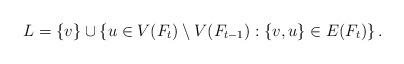
LaTeX: \begin{align*} L = \{v\} \cup \left \{ u \in V(F_{t}) \setminus V(F_{t-1}) : \{v,u\} \in E(F_{t}) \right \}. \end{align*}